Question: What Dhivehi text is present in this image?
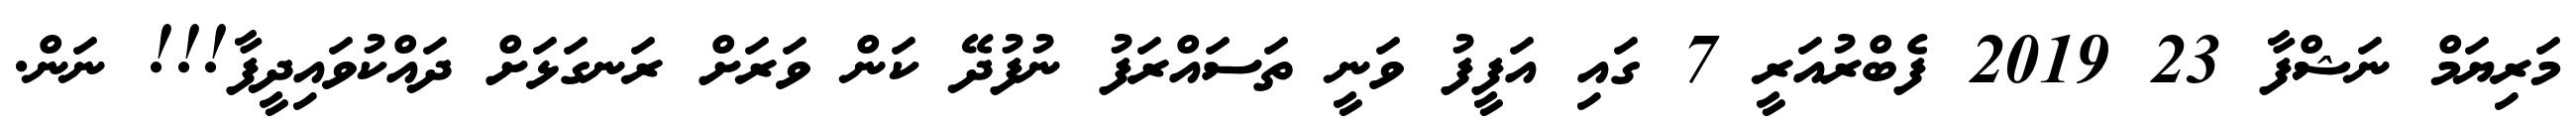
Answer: މަރިޔަމް ނަޝްފާ 23 2019 ފެބްރުއަރީ 7 ގައި އަފީފު ވަނީ ތަސައްރަފު ނުފުދޭ ކަން ވަރަށް ރަނގަޅަށް ދައްކުވައިދީފާ!!! ނަން.